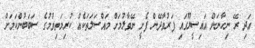
އަދި ރޭ ނިހާނަށް އައިސީޔޫގައި ފަރުވާދޭން ފެށީ ނޭވާލުމަށް މައްސަލަތަކެއް ކުރިމަތިވުމުގެ ސަބަބުންކަމަށް